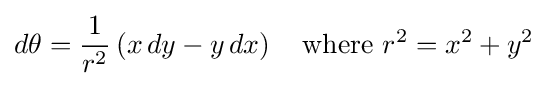
d\theta ={\frac {1}{r^{2}}}\left(x\,dy-y\,dx\right)\quad {\text{where }}r^{2}=x^{2}+y^{2}